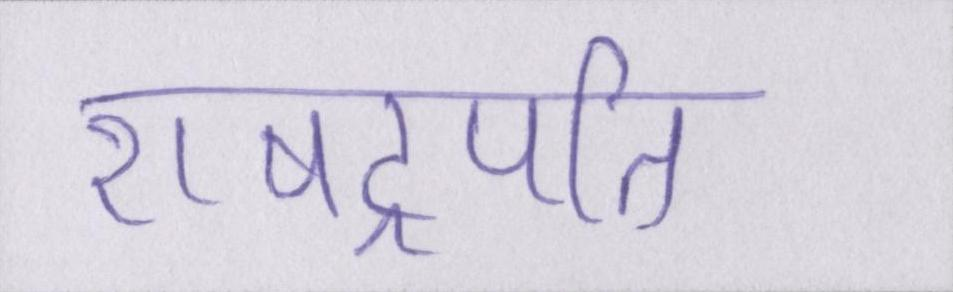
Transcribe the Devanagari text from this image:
राषट्रपति